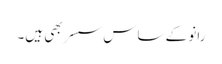
رانو کے ساس سسر بھی ہیں۔